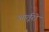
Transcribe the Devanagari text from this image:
आर्तूरो